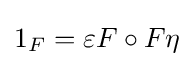
1_{F}=\varepsilon F\circ F\eta